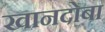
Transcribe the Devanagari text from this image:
खानदोबा